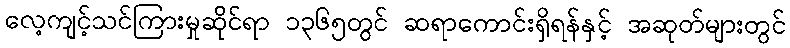
လေ့ကျင့်သင်ကြားမှုဆိုင်ရာ ၁၃၆၅တွင် ဆရာကောင်းရှိရန်နှင့် အဆုတ်များတွင်